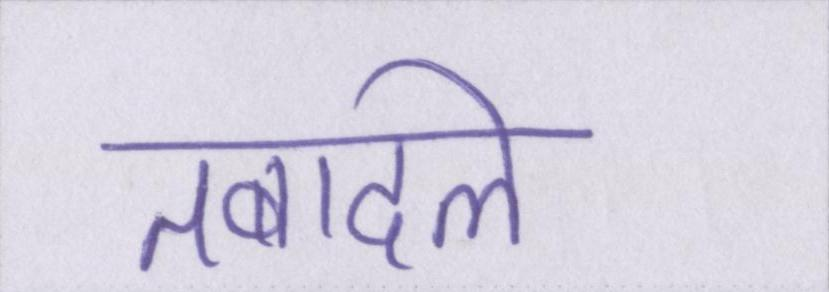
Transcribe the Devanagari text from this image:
तबादले